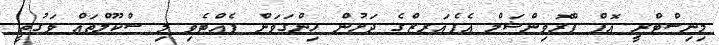
މިނިސްޓްރީ އޮފް ޕްރޮވިންޝަލް އެފެއަރޒްގެ ދަށުން ހިންގަވަން ފެއްޓެވި މި ސްކޫލްތައް ވަގުތީ